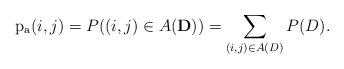
LaTeX: \begin{align*}\mathrm{p_a}(i,j)=P((i,j)\in A(\mathbf{D}))=\sum_{(i,j)\in A(D)} P(D).\end{align*}